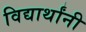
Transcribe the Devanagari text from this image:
विद्यार्थांनी